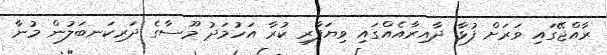
ރާއްޖޭގައި ވަރަށް ފުޅާ ދާއިރާއެއްގައި ވިޔަފާރި ކުރާ އަހުމަދު މޫސާގެ ދަރިކަނބަލުން މުނާ